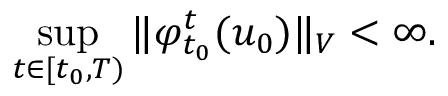
\operatorname* { s u p } _ { t \in [ t _ { 0 } , T ) } \Vert \varphi _ { t _ { 0 } } ^ { t } ( u _ { 0 } ) \Vert _ { V } < \infty .